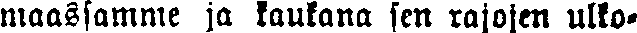
maassamme ja kaukana sen rajojen ulko-